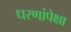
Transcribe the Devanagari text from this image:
धरणांपेक्षा